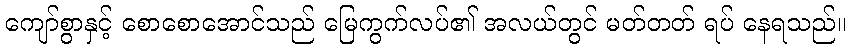
ကျော်စွာနှင့် စောစောအောင်သည် မြေကွက်လပ်၏ အလယ်တွင် မတ်တတ် ရပ် နေရသည်။